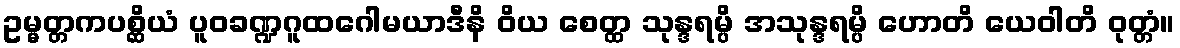
ဥမ္မတ္တကပစ္ဆိယံ ပူဝခဏ္ဍဂူထဂေါမယာဒီနိ ဝိယ စေတ္ထ သုန္ဒရမ္ပိ အသုန္ဒရမ္ပိ ဟောတိ ယေဝါတိ ဝုတ္တံ။